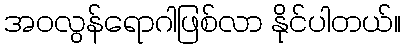
အဝလွန်ရောဂါဖြစ်လာ နိုင်ပါတယ်။